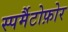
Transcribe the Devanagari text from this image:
स्पर्मैटोफ़ोर